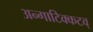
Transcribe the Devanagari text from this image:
अन्गाटिक्कटव्